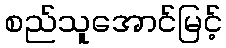
စည်သူအောင်မြင့်